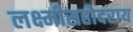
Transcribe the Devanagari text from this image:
लक्ष्मीसहोदराय